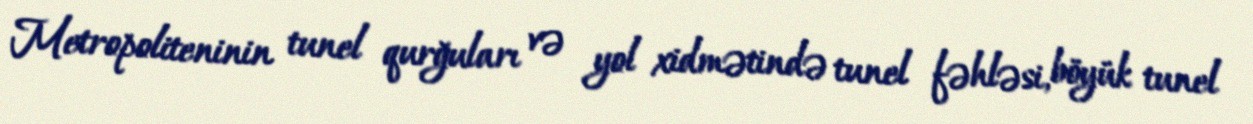
Metropoliteninin tunel qurğuları və yol xidmətində tunel fəhləsi, böyük tunel